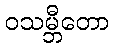
ဝသမ္ဘီတော